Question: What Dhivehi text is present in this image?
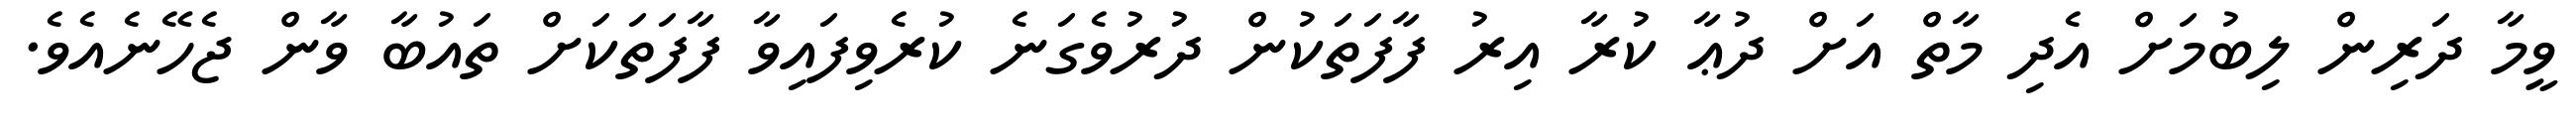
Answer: ވީމާ ދަރިން ލިބުމަށް އެދި މާތް އަށް ދުޢާ ކުރާ އިރު ފާފަތަކުން ދުރުވެގަނެ ކުރެވިފައިވާ ފާފަތަކަށް ތައުބާ ވާން ޖެހޭނެއެވެ.